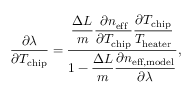
\frac { \partial \lambda } { \partial T _ { \mathrm { c h i p } } } = \frac { \displaystyle \frac { \Delta L } { m } \frac { \partial n _ { \mathrm { e f f } } } { \partial T _ { \mathrm { c h i p } } } \frac { \partial T _ { \mathrm { c h i p } } } { T _ { \mathrm { h e a t e r } } } } { \displaystyle 1 - \frac { \Delta L } { m } \frac { \partial n _ { \mathrm { e f f , m o d e l } } } { \partial \lambda } } ,